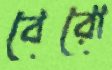
বেরো